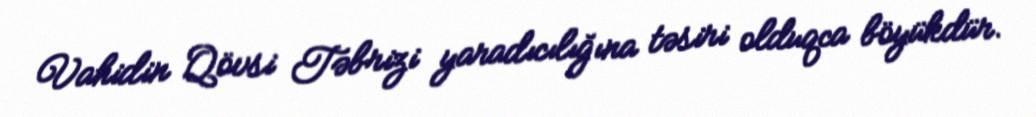
Vahidin Qövsi Təbrizi yaradıcılığına təsiri olduqca böyükdür.